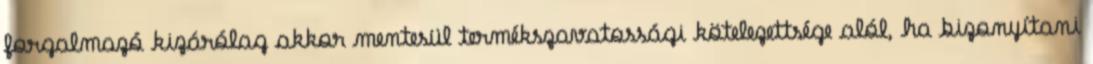
forgalmazó kizárólag akkor mentesül termékszavatossági kötelezettsége alól, ha bizonyítani